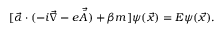
[ \vec { \alpha } \cdot ( - i \vec { \nabla } - e \vec { \bar { A } } ) + \beta m ] \psi ( \vec { x } ) = E \psi ( \vec { x } ) .